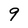
Character: 9